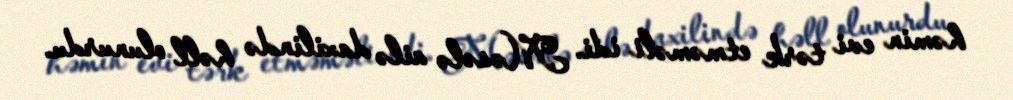
həmin evi tərk etməməli idi. Məsələ ailə daxilində həll olunurdu.